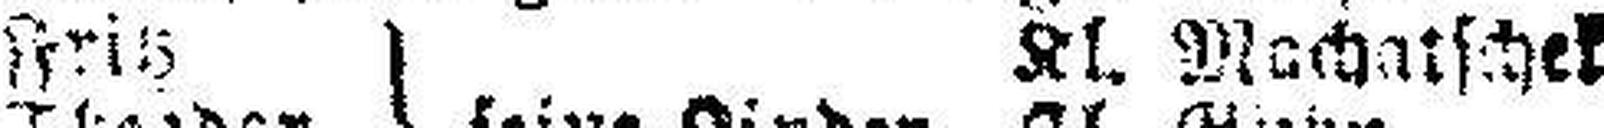
Kl. Mochatschek